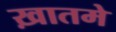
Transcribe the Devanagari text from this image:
ख़ातमे